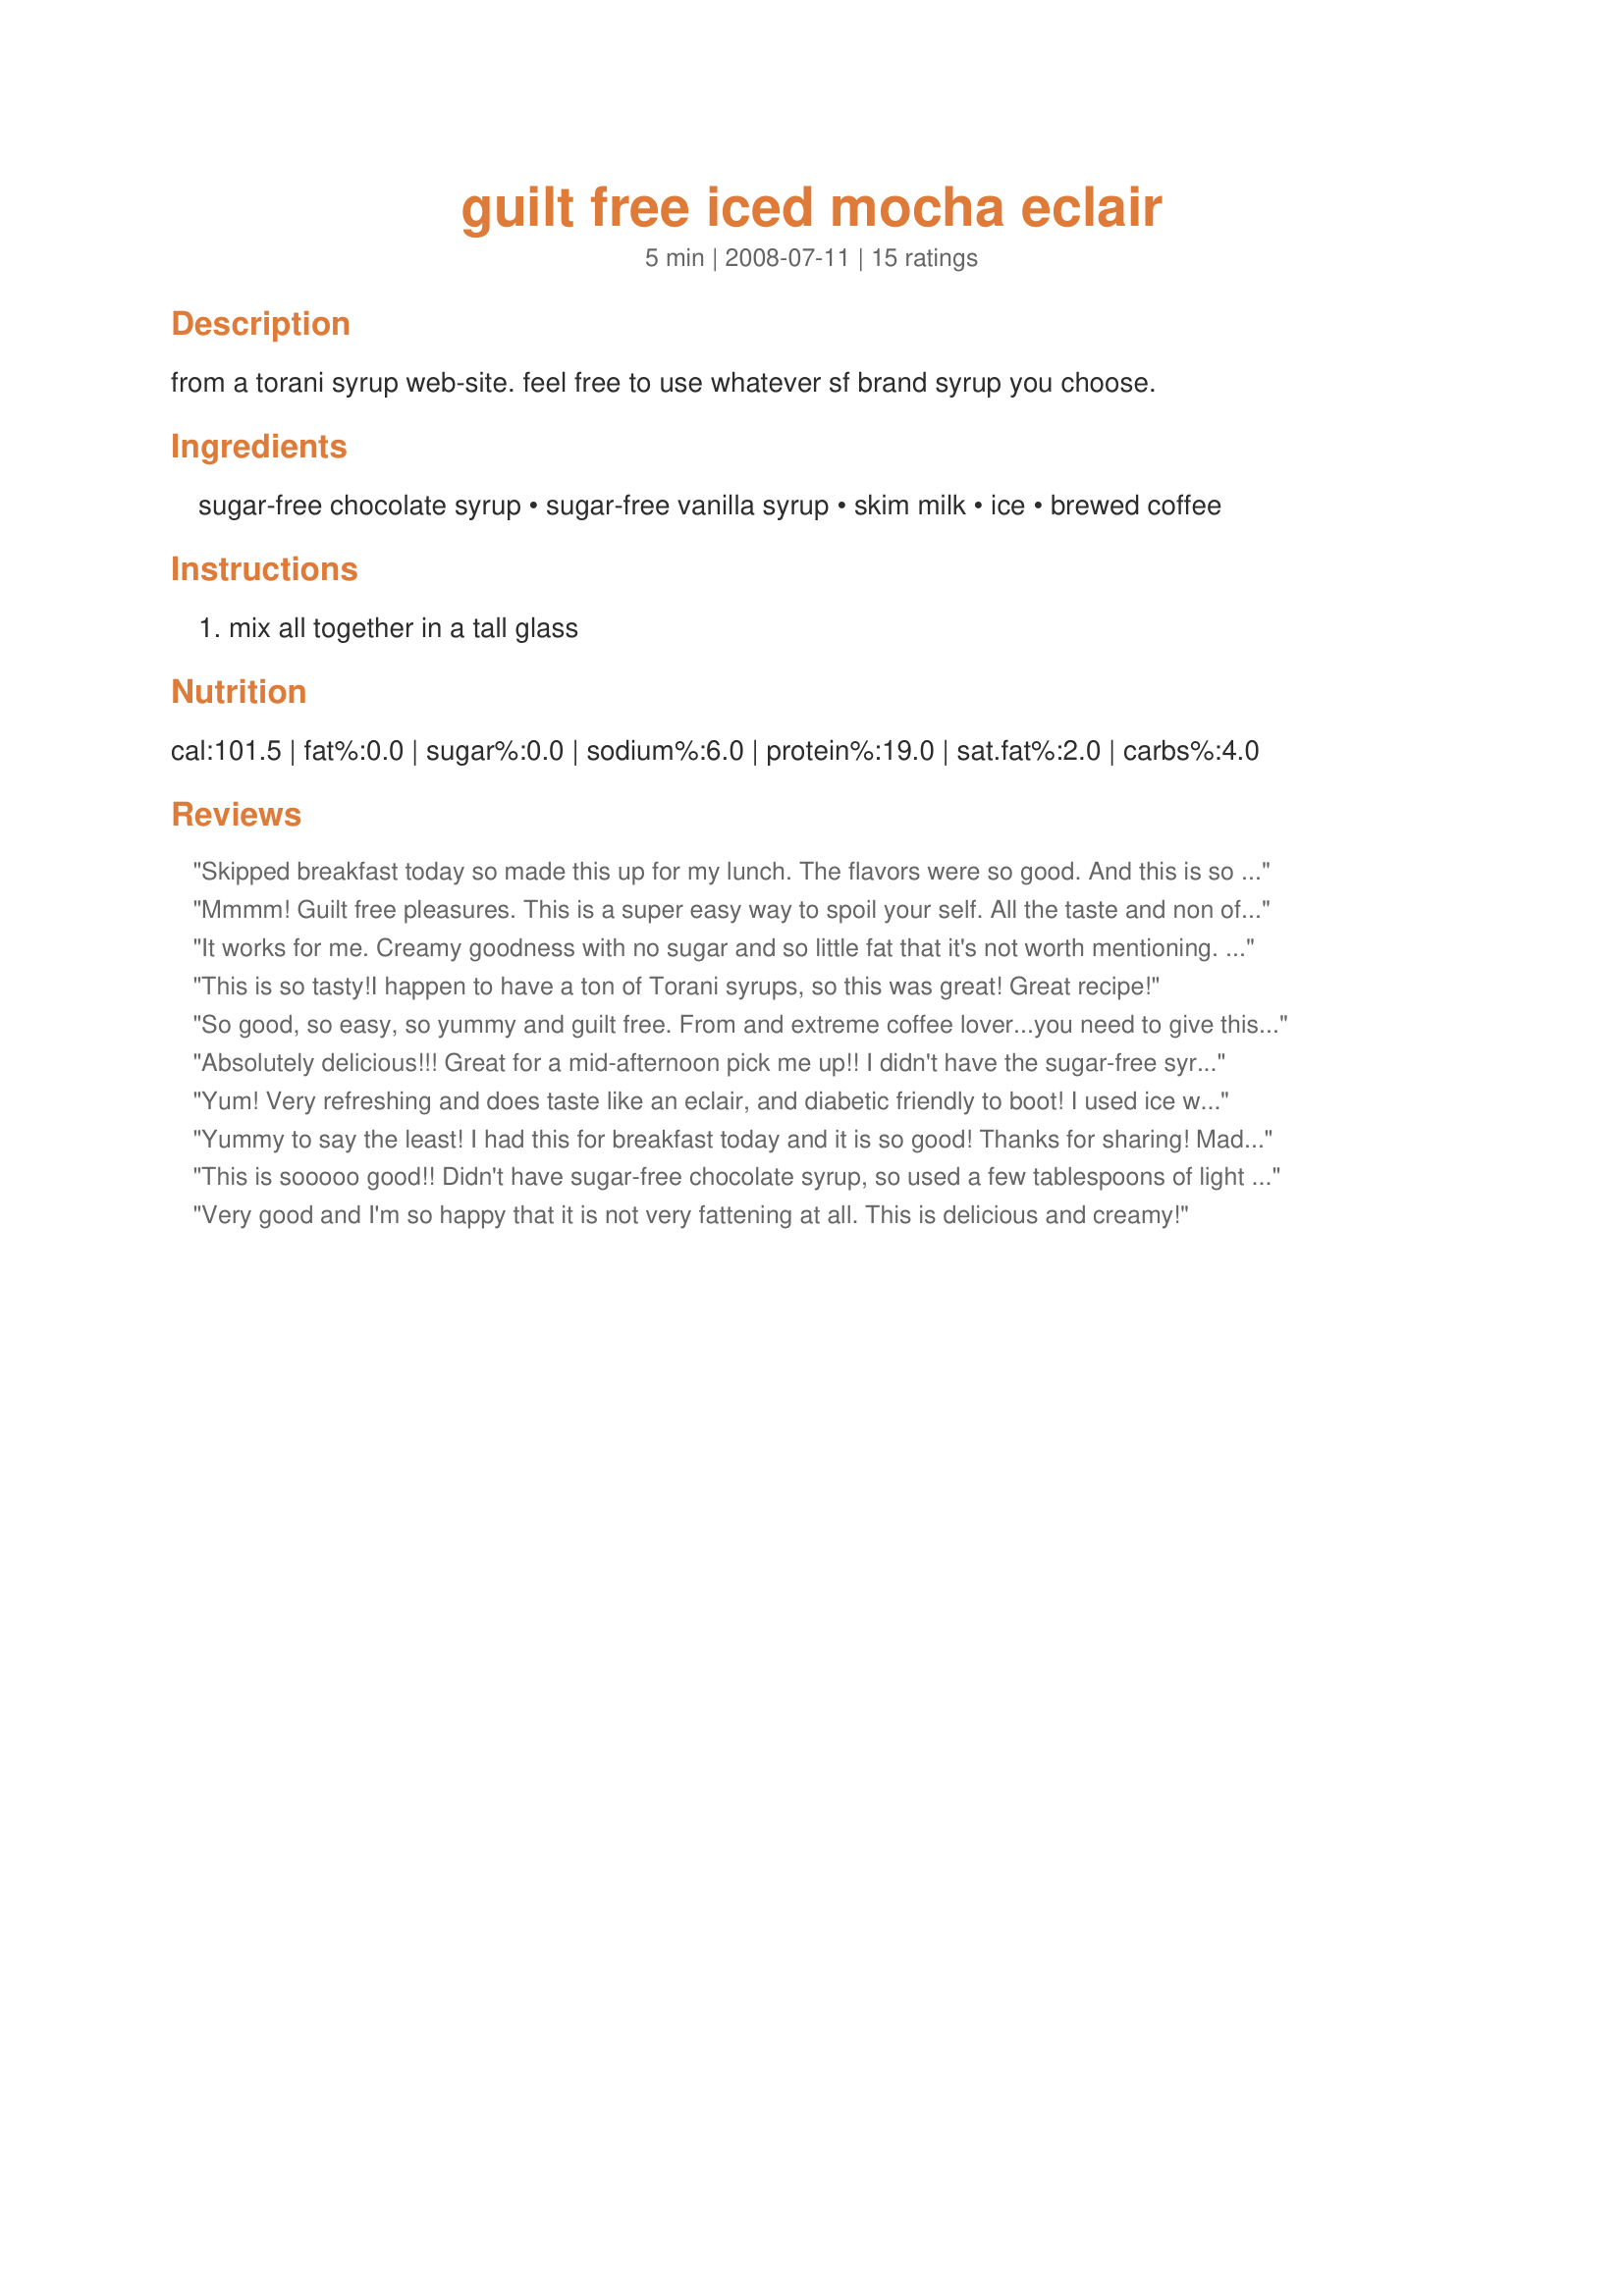
guilt free iced mocha eclair
Preparation time: 5 minutes

from a torani syrup web-site. feel free to use whatever sf brand syrup you choose.

Ingredients:
sugar-free chocolate syrup, sugar-free vanilla syrup, skim milk, ice, brewed coffee

Steps:
mix all together in a tall glass

Reviews:
Skipped breakfast today so made this up for my lunch. The flavors were so good. And this is so easy to put together. I didn't have the sugar free stuff so not as guiltless for me. Thanks CB Made for Holiday Tag :)
Mmmm! Guilt free pleasures. This is a super easy way to spoil your self. All the taste and non of the guilt. Thanks so much for the treat.
It works for me. Creamy goodness with no sugar and so little fat that it's not worth mentioning. If you enjoy cold coffee this mocha is for you too. Pure deliciousness while walking in the light of staying on the diet. Bless you Coffee.
This is so tasty!I happen to have a ton of Torani syrups, so this was great! Great recipe!
So good, so easy, so yummy and guilt free. From and extreme coffee lover...you need to give this a try. Yummy!
Absolutely delicious!!! Great for a mid-afternoon pick me up!! I didn't have the sugar-free syrups so mine wasn't as guilt free, but oh so yummy. I did extra ice to make this a little thicker for my tastes. Thanks for sharing CoffeeB. Made for PRMR.
Yum! Very refreshing and does taste like an eclair, and diabetic friendly to boot! I used ice water and Medaglia d'Oro Espresso powder, so it was even easier-no brewing.
Yummy to say the least! I had this for breakfast today and it is so good! Thanks for sharing! Made for Veg 'N Swap tag. :)
This is sooooo good!! Didn't have sugar-free chocolate syrup, so used a few tablespoons of light hot chocolate mix that I added to the coffee to dissolve it. Thanks CoffeeB! :)
Very good and I'm so happy that it is not very fattening at all. This is delicious and creamy!
EXCELLENT. Next time I will double the amt of coffee to get a little more coffee flavor though. THANKS! Made for Comfort Cafe.
Mine was not sugar free,but I really enjoyed it. I'd double the coffee.Thanks for sharing.
So easy and so good! My chocolate syrup wasn't sugar free but my vanilla was. I shook this up in my cocktail shaker with ice so it was nice and frothy. What a great treat on a hot Texas day - I'll enjoy this often this summer - thanks for sharing the recipe!
Perfect drink after working around the house and wanting to finish off the coffee pot! Followed your instructions exactly except probably had less than a cup of ice - just dropped some cubes in there. Wonderful. The vanilla syrup is what makes this drink fantastic. Thanks CB! Made for Sweet Traditions tag game.
Sue I love this drink, I did use more coffee than suggested and probably less ice as I did not measure, I'll make again soon, thanks for sharing!
